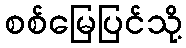
စစ်မြေပြင်သို့